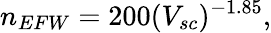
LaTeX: n_{EFW}=200(V_{sc})^{-1.85},